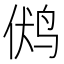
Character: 𲍶